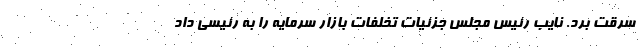
سرقت برد. نایب رئیس مجلس جزئیات تخلفات بازار سرمایه را به رئیسی داد